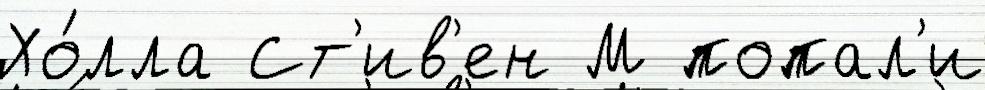
Хо́лла Ст'ив'ен М попал'и